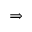
\Rightarrow